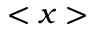
< x >